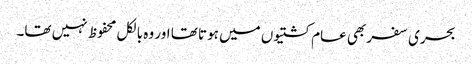
بحری سفر بھی عام کشتیوں میں ہوتا تھا اور وہ بالکل محفوظ نہیں تھا۔